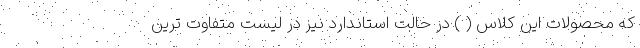
که محصولات این کلاس ( ) در حالت استاندارد نیز در لیست متفاوت ترین